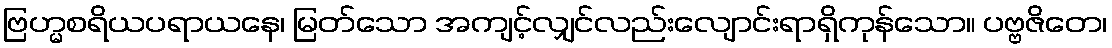
ဗြဟ္မစရိယပရာယနေ၊ မြတ်သော အကျင့်လျှင်လည်းလျောင်းရာရှိကုန်သော။ ပဗ္ဗဇိတေ၊